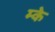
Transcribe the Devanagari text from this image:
म्के